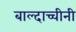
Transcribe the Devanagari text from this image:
बाल्दाच्चीनी